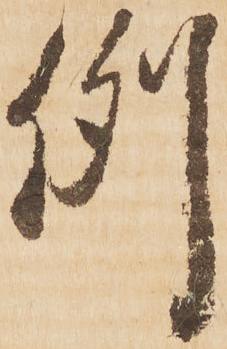
例